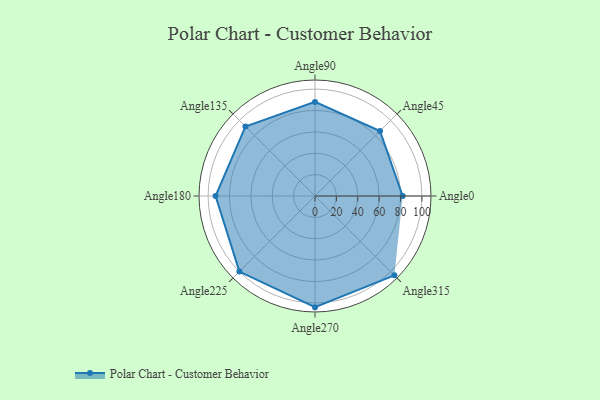
{"axis": {"x": "Angle", "y": "Radius"}, "legend": [""], "data": [{"x": "Angle0", "y": 82.0, "type": ""}, {"x": "Angle45", "y": 86.0, "type": ""}, {"x": "Angle90", "y": 88.0, "type": ""}, {"x": "Angle135", "y": 92.0, "type": ""}, {"x": "Angle180", "y": 93.0, "type": ""}, {"x": "Angle225", "y": 100.0, "type": ""}, {"x": "Angle270", "y": 104.0, "type": ""}, {"x": "Angle315", "y": 105.0, "type": ""}]}